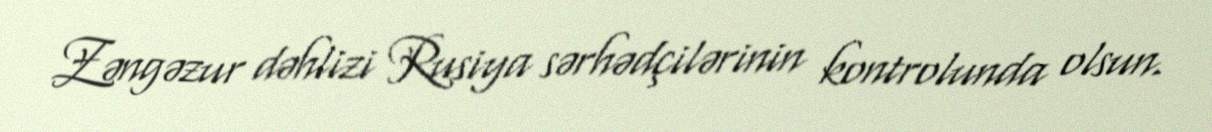
Zəngəzur dəhlizi Rusiya sərhədçilərinin kontrolunda olsun.